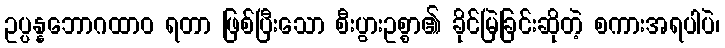
ဥပ္ပန္နဘောဂထာဝ ရတာ ဖြစ်ပြီးသော စီးပွားဥစ္စာ၏ ခိုင်မြဲခြင်းဆိုတဲ့ စကားအရပါပဲ၊